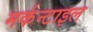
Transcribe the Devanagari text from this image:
मर्कन्टाइल